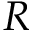
R